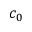
c _ { 0 }